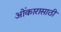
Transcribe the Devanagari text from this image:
ओंकारासाठी